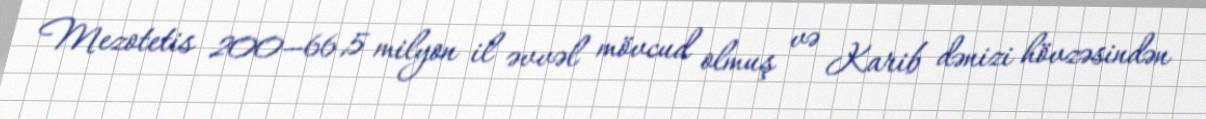
Mezotetis 200—66,5 milyon il əvvəl mövcud olmuş və Karib dənizi hövzəsindən